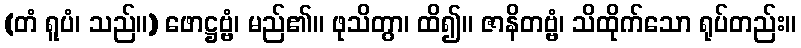
(တံ ရူပံ၊ သည်။) ဖောဋ္ဌဗ္ဗံ၊ မည်၏။ ဖုသိတွာ၊ ထိ၍။ ဇာနိတဗ္ဗံ၊ သိထိုက်သော ရုပ်တည်း။